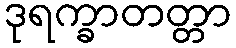
ဒုရက္ခာတတ္တာ